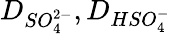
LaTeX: D_{SO_{4}^{2-}},D_{HSO_{4}^{-}}